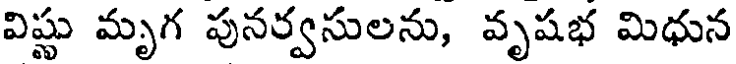
విష్ణు మృగ పునర్వసులను, వృషభ మిధున